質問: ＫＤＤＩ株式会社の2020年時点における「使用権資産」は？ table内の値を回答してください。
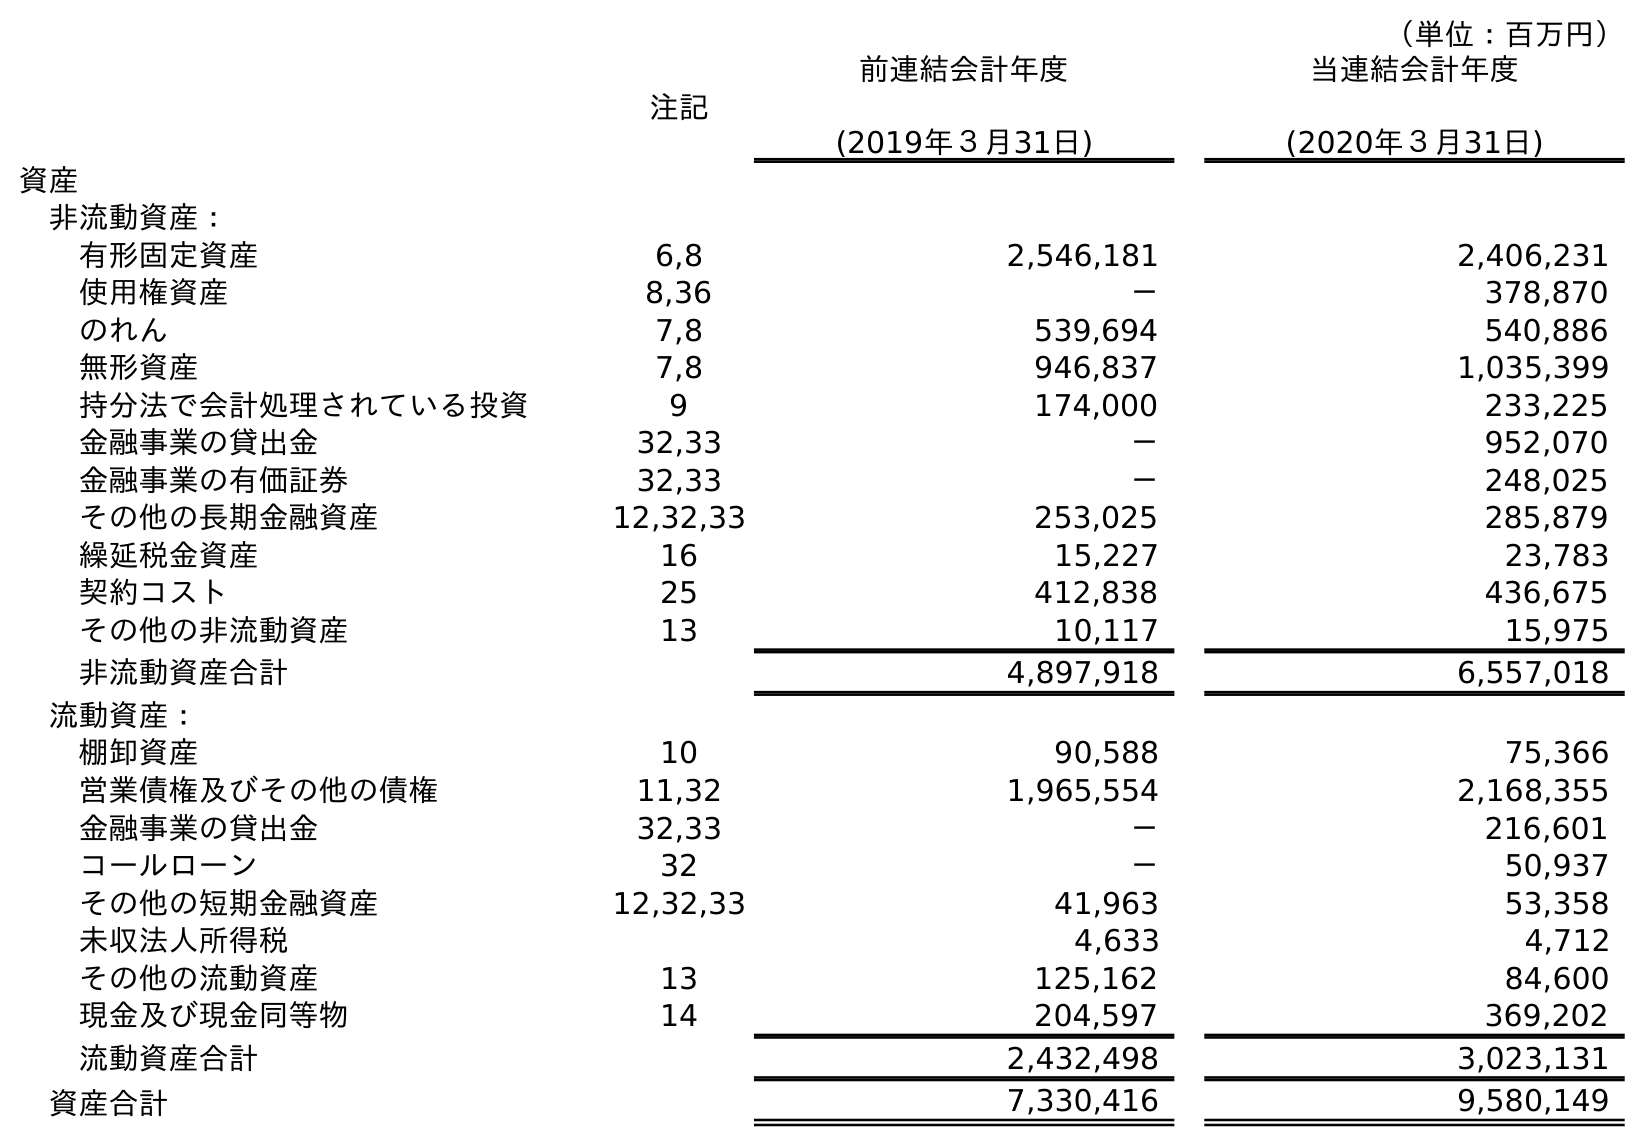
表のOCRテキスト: （単位：百万円） 注記 前連結会計年度 (2019年３月31日) 当連結会計年度 (2020年３月31日) 資産 非流動資産： 有形固定資産 6,8 2,546,181 2,406,231 使用権資産 8,36 － 378,870 のれん 7,8 539,694 540,886 無形資産 7,8 946,837 1,035,399 持分法で会計処理されている投資 9 174,000 233,225 金融事業の貸出金 32,33 － 952,070 金融事業の有価証券 32,33 － 248,025 その他の長期金融資産 12,32,33 253,025 285,879 繰延税金資産 16 15,227 23,783 契約コスト 25 412,838 436,675 その他の非流動資産 13 10,117 15,975 非流動資産合計 4,897,918 6,557,018 流動資産： 棚卸資産 10 90,588 75,366 営業債権及びその他の債権 11,32 1,965,554 2,168,355 金融事業の貸出金 32,33 － 216,601 コールローン 32 － 50,937 その他の短期金融資産 12,32,33 41,963 53,358 未収法人所得税 4,633 4,712 その他の流動資産 13 125,162 84,600 現金及び現金同等物 14 204,597 369,202 流動資産合計 2,432,498 3,023,131 資産合計 7,330,416 9,580,149
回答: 378,870